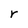
Character: r